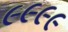
૯૯૯૯